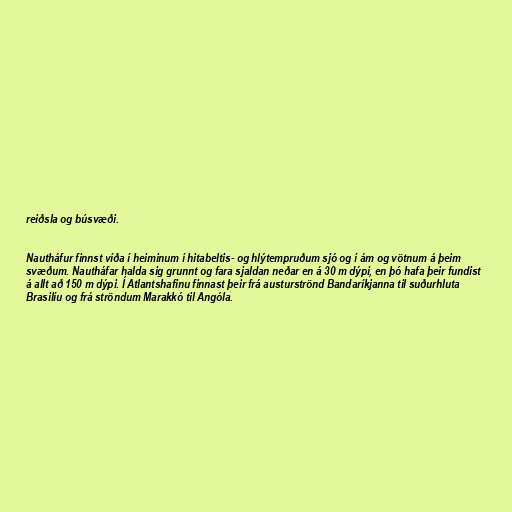
reiðsla og búsvæði.

Nautháfur finnst víða í heiminum í hitabeltis- og hlýtempruðum sjó og í ám og vötnum á þeim
svæðum. Nautháfar halda sig grunnt og fara sjaldan neðar en á 30 m dýpi, en þó hafa þeir fundist
á allt að 150 m dýpi. Í Atlantshafinu finnast þeir frá austurströnd Bandaríkjanna til suðurhluta
Brasilíu og frá ströndum Marakkó til Angóla.